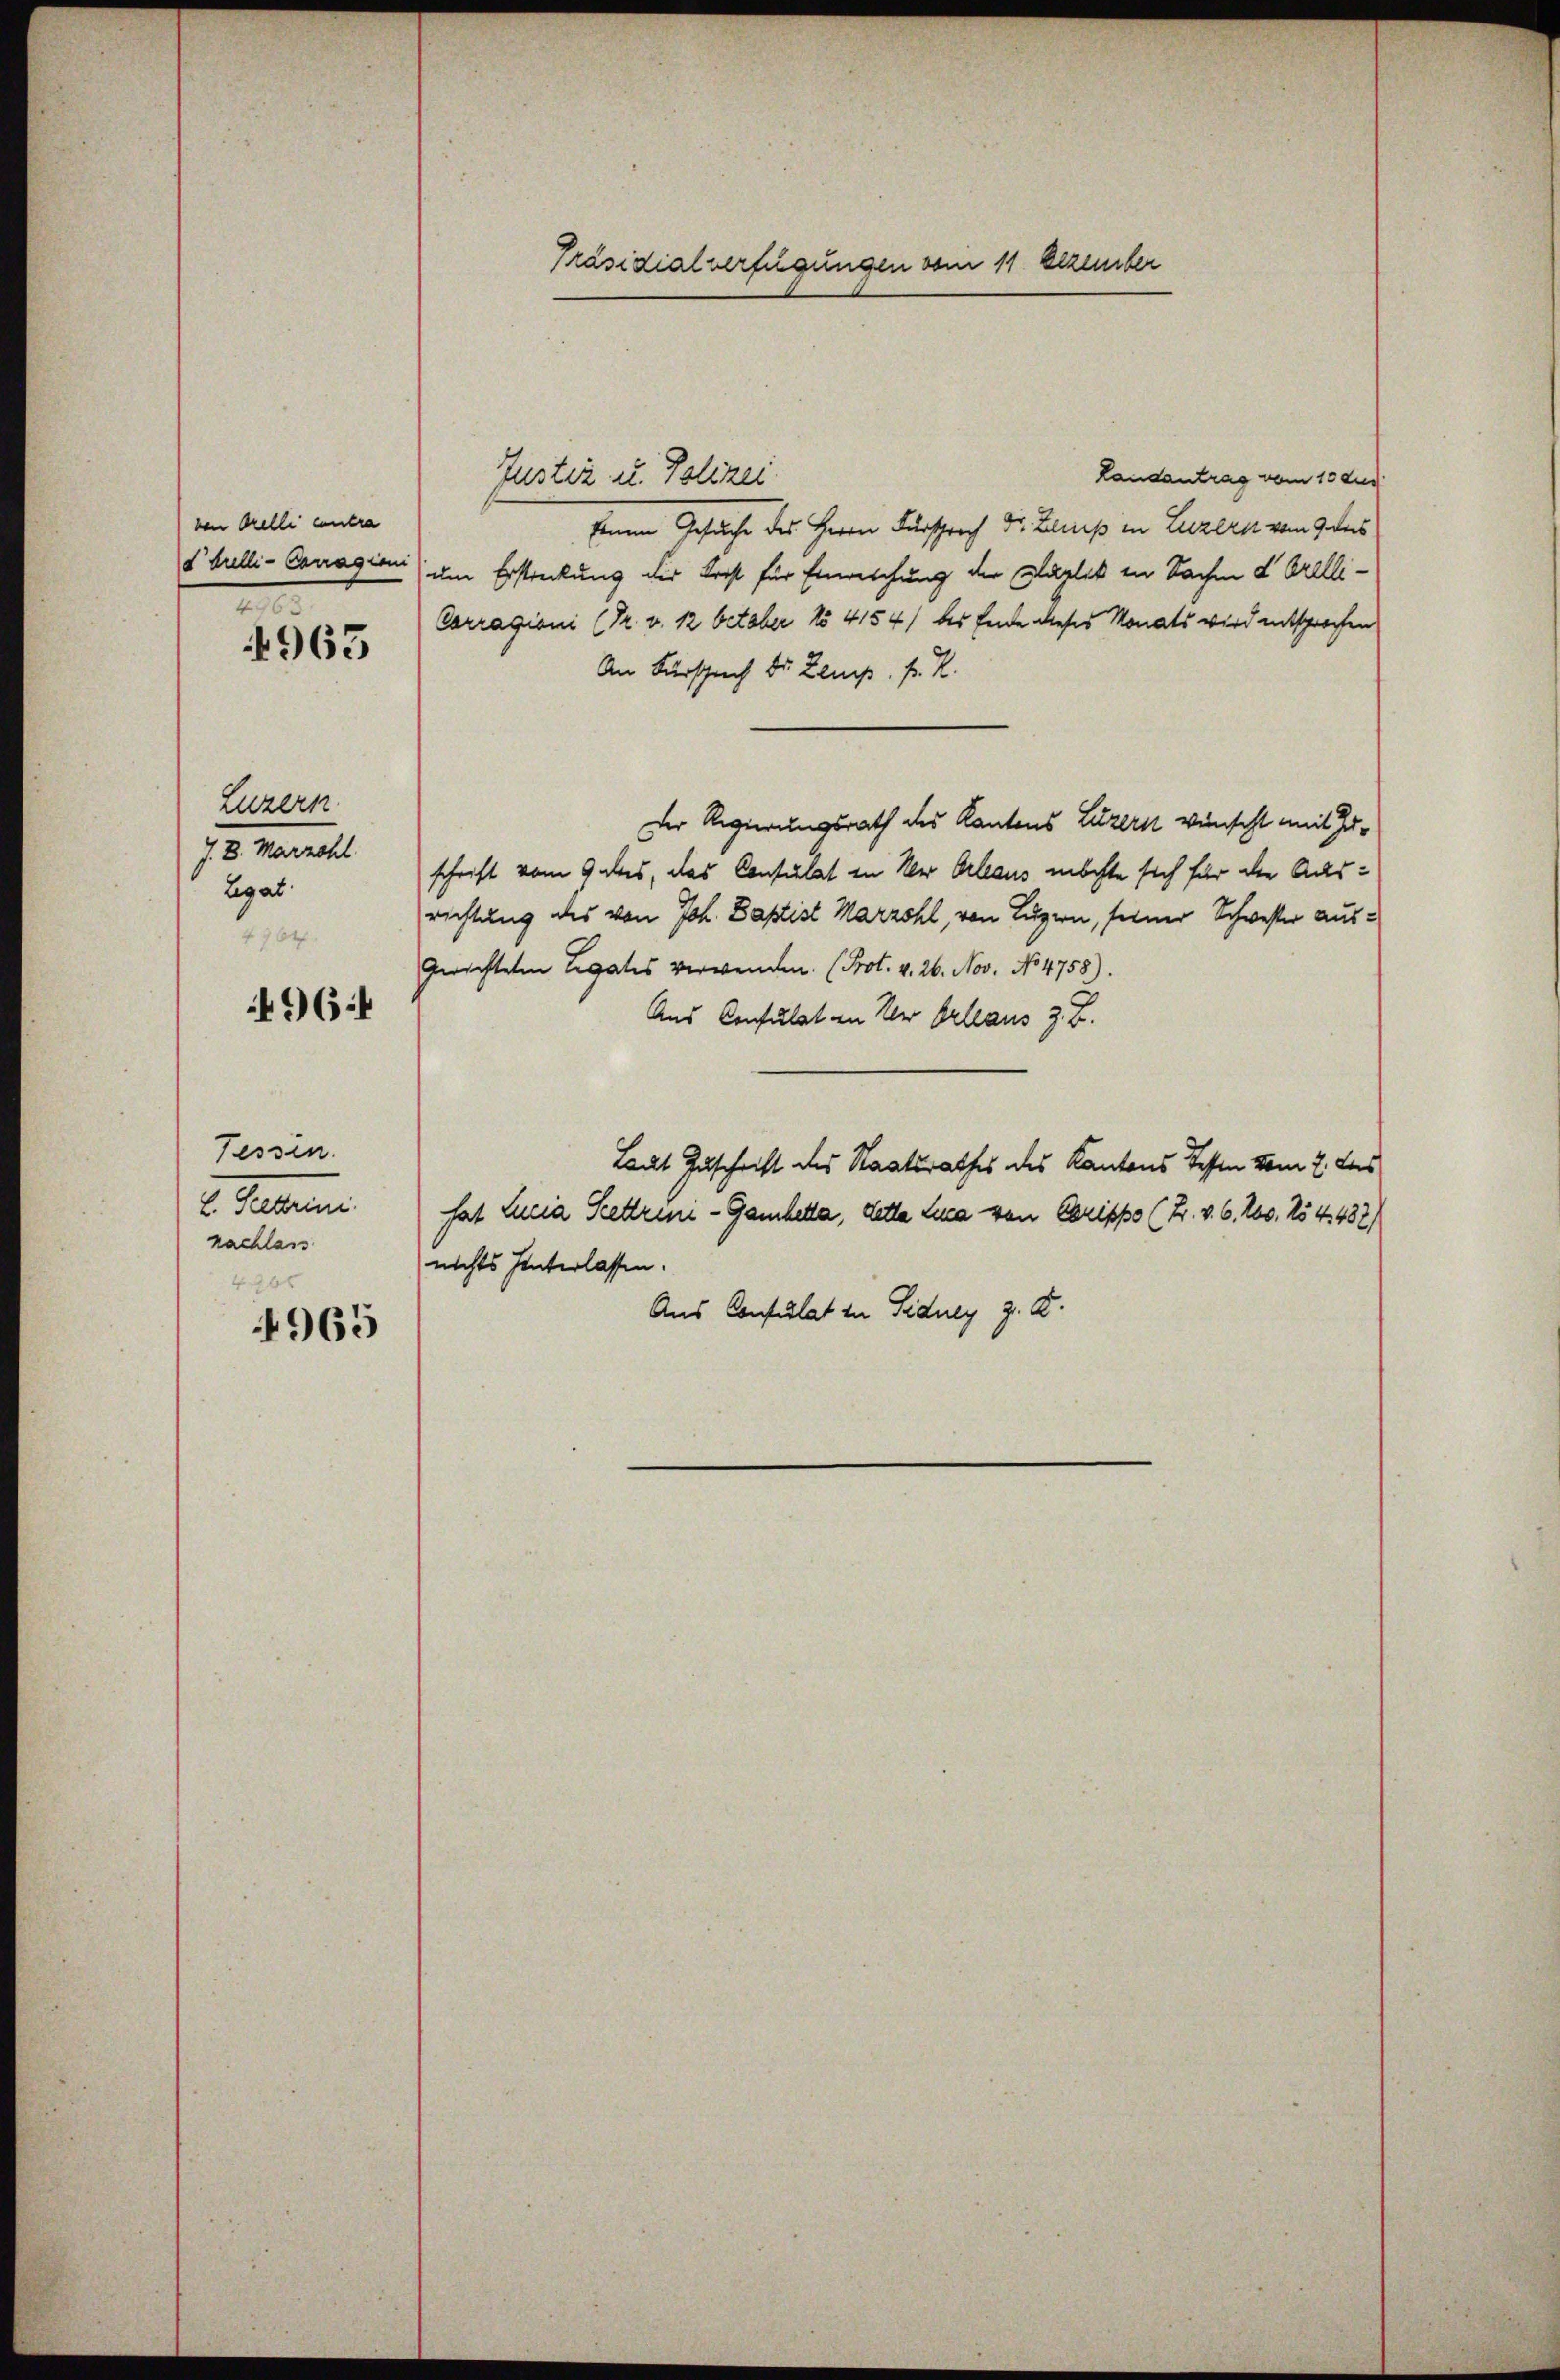
ven Orelli eintra
d Grelli-Canagioni
e
4963

Luzern.
7. 8. Marzohl.
Legat
210.

4964

Fessen.
2. Peten
nachlass
4968

965

Präsidialverfügungen vom 11. Dezember

Landantrag vom 10 dur
Justiz u. Polizei
feinem Gesuche des Herrn Fürsprech Dr. Lamp in Luzern vom 9 des
um Erstreckung der Frist für Einreichung der Klaglick in Sachen d. Orelli¬
Carragioni (Dr. v. 12 betaber No 4154) des Ende dieser Monats wird entsprochen
An Fürsprech Dr. Lamp. P. R.
Der Regierungsrath des Kantons Luzern wünscht mit Zuschrift vom 9 des, das Consulat in Wer Orleaus möchte sich für die Ausrichtung des von Joh. Baptist Marzohl, von Luzern, seiner Schwester aus¬
Gerichteten Legates verwenden. (Prot. v. 26. Nov. No 4758).
Aus Consulat in der Orleaus z. B.
Laut Zuschrift des Staatsrathes des Kantons Tessen vom 2. das
hat Lucia Settreni - Gambetta, dette Luca von Chrippe (Z. v. 6. 200. No 4. 482)
nichts hinterlassen.
Aus Consulat in Sidney z. B.